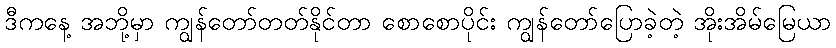
ဒီကနေ့ အဘို့မှာ ကျွန်တော်တတ်နိုင်တာ စောစောပိုင်း ကျွန်တော်ပြောခဲ့တဲ့ အိုးအိမ်မြေယာ